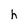
Character: h